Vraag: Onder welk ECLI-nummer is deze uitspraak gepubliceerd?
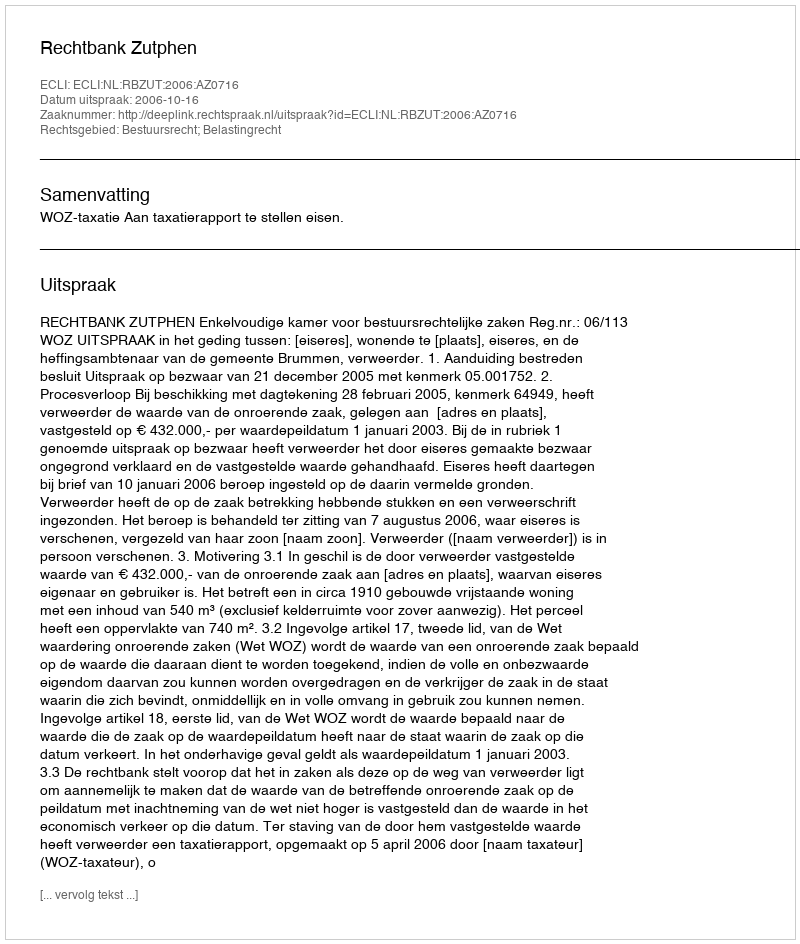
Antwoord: ECLI:NL:RBZUT:2006:AZ0716